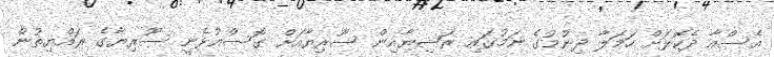
އެސްއާ ދެކޮޅަށް ހަމަލާ ދިނުމުގެ ނަމުގައި ރަޝިޔާއިން ސޫރިޔާއަށް ގޮސްއުޅެނީ ސޫރިޔާގެ ރައްޔިތުން